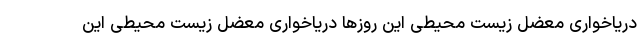
دریاخواری معضل زیست محیطی این روزها دریاخواری معضل زیست محیطی این